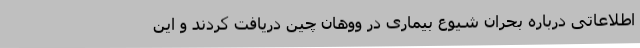
اطلاعاتی درباره بحران شیوع بیماری در ووهان چین دریافت کردند و این